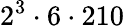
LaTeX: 2^{3}\cdot 6\cdot 210